Civil Veterinary Department Bihar reports 1936-40 - 1936-1940
Year: 1936
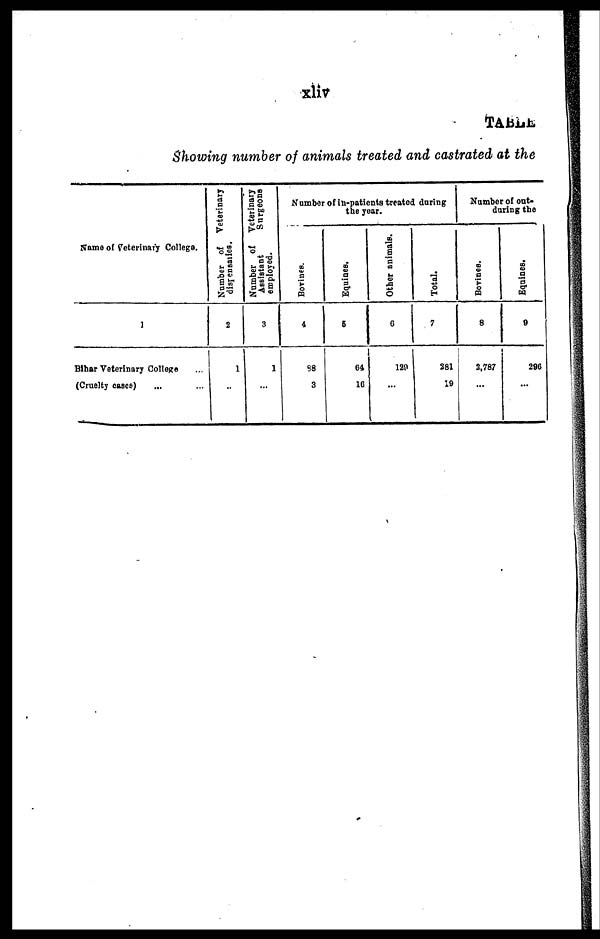
xliv
TABLE
Showing number of animals treated and castrated at the
Name of Veterinary College.
1
Bihar Veterinary College ...
(Cruelty cases) ... ...
Number of Veterinary
dispensaries
2
1
...
Number of Veterinary
Assistant
Surgeons
employed.
3
1
...
Number of in-patients treated daring
the year.
Bovines.
4
38
3
Equines.
5
64
16
Other animals.
6
120
...
Total.
7
281
19
Number of out-
during the
Bovines.
8
2,787
...
Equines.
9
296
...